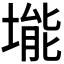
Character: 𪣾